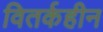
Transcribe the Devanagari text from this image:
वितर्कहीन